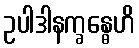
ဥပါဒါနက္ခန္ဓေဟိ